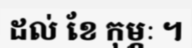
ដល់ ខែ កុម្ភៈ ។